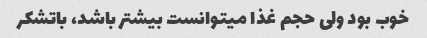
خوب بود ولی حجم غذا میتوانست بیشتر باشد، باتشکر